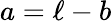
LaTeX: a=\ell-b